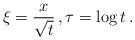
LaTeX: \begin{align*} \xi = \frac{x}{\sqrt{t}} \, , \tau = \log t \, .\end{align*}